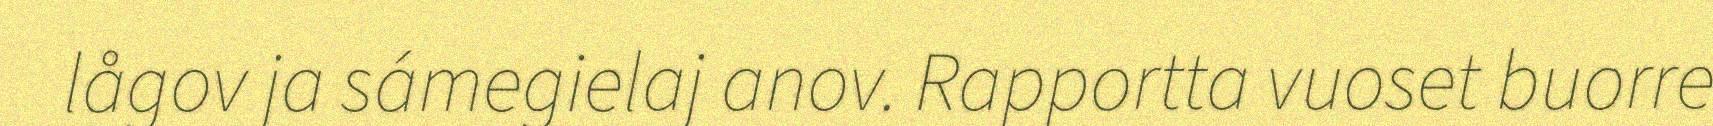
lågov ja sámegielaj anov. Rapportta vuoset buorre